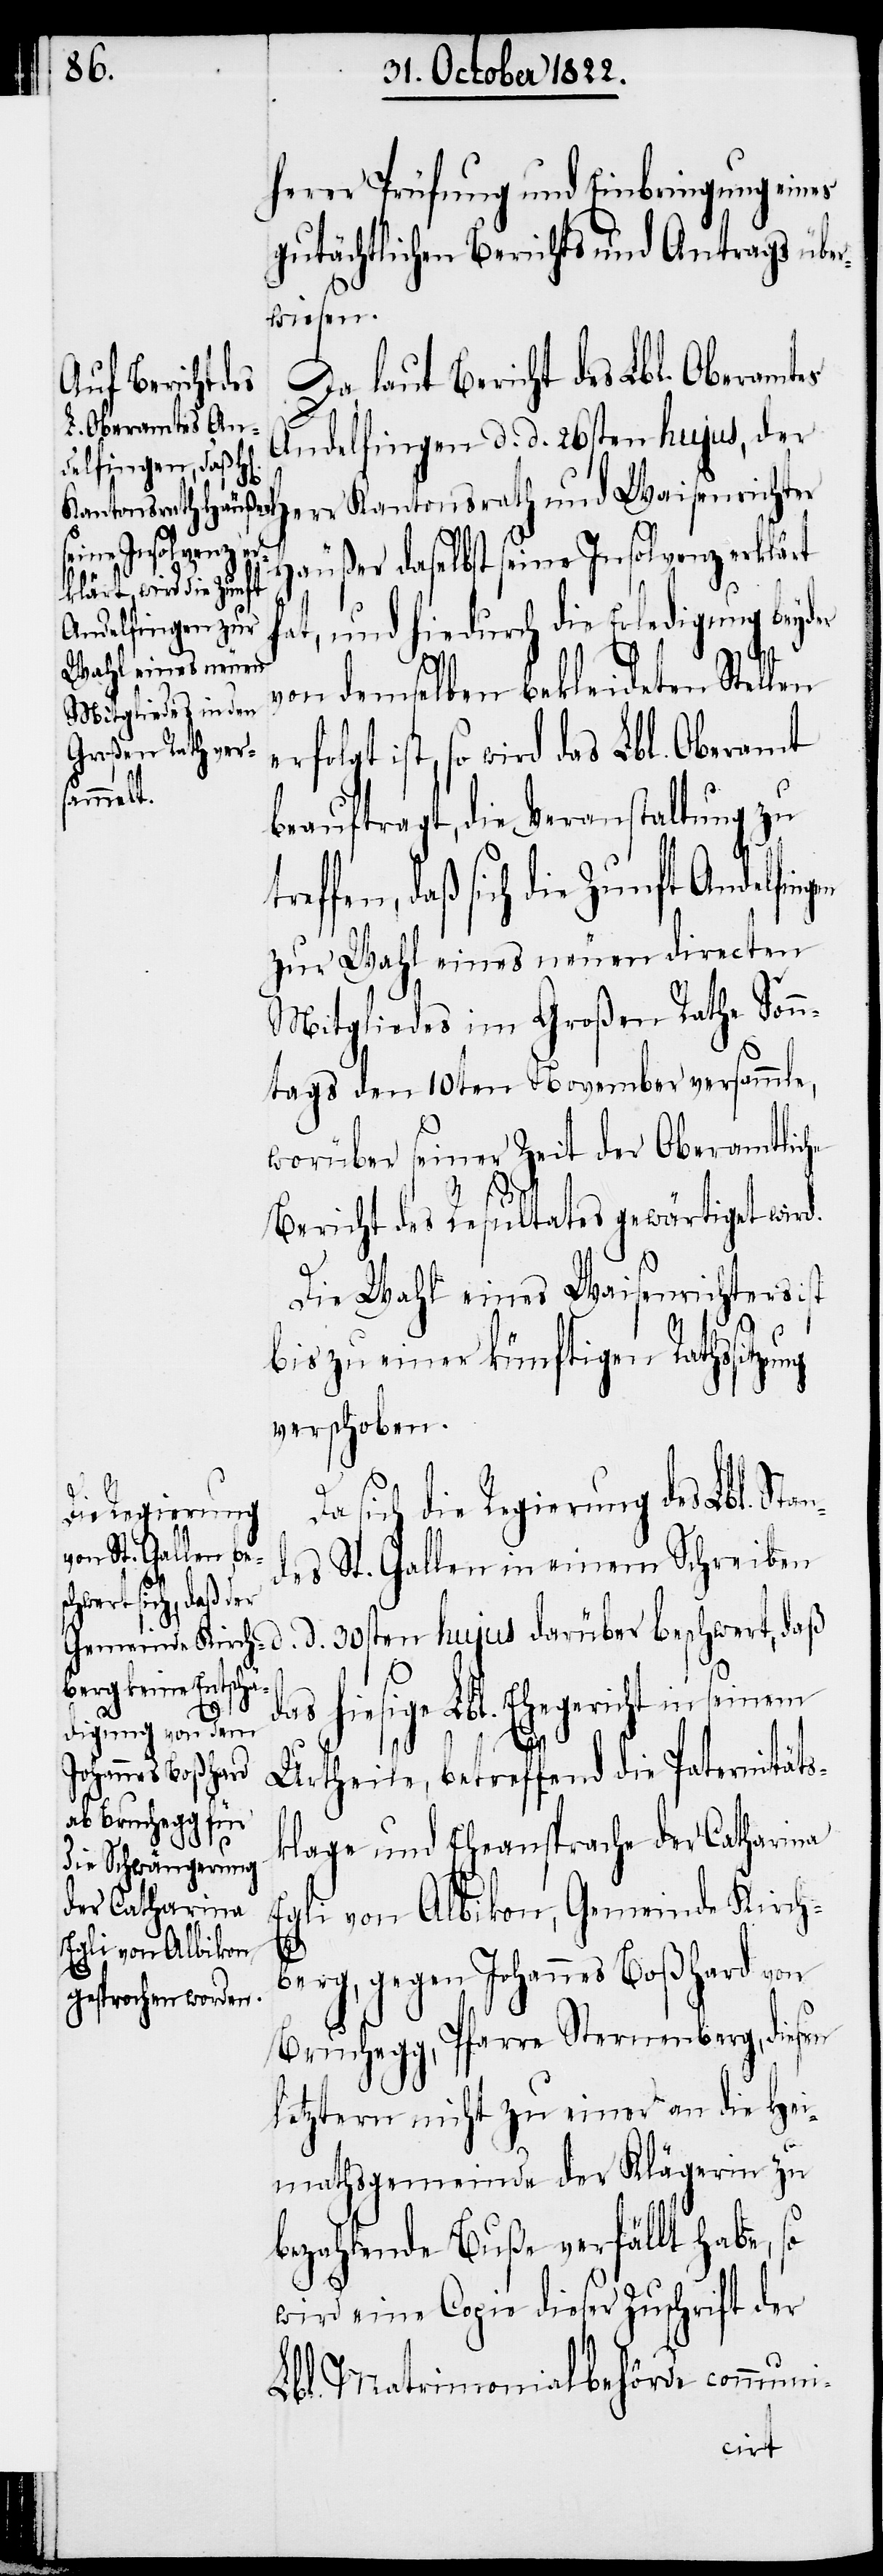
d.

hern Prüfung und Einbringung eines
gutächltichen Berichts und Antrags übe¬
rwiesen.
Da laut Bericht des Lbl. Oberamtes
Andelfingen d. d. 26sten hujus, der
Herr Kantonsrath und Waisenrichter
Häußer daselbst seine Insolvenz erklärt
hat, und hiedurch die Erledigung beyd¬
von demselben bekleideten Stellen
ist, so wird das Lbl. Oberamt
beauftragt, die Veranstaltung zu
effen, daß sich die Zunft Andelfin¬
zur Wahl eines neuen directen
Mitgliedes im Großen Rathe Sonn¬
tags den 10ten November versammle,
worüber seiner Zeit der Oberamtliche
Bericht des Resultates gewärtiget wir¬
Die Wahl eines Waisenrichters
bis zu einer künftigen Rathssitz¬
verschoben.
sich die Regierung des Lbl. St¬
des St. Gallen in einem Schreiben
d. 30sten hujus darüber beschwert, daß
das hiesige Lbl. Ehegericht in seinem
Urtheile, betreffend die Paternitäts¬
klage und Eheansprache der Catharina
Egli von Albikon, Gemeinde Kirch¬
an¬
berg, gegen Johannes Boßhard von
Bruchegg, Pfarre Sternenberg, diesen
letztern nicht zu einer an die Hei¬
mathsgemeinde der Klägerin zu
bezahlende Buße verfällt habe, so
wird eine Copie dieser Zuschrift der
Lbl. Matrimonialbehörde communi-